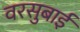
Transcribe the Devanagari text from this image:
वरसुबाई